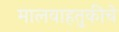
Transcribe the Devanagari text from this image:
मालवाहतुकीचे